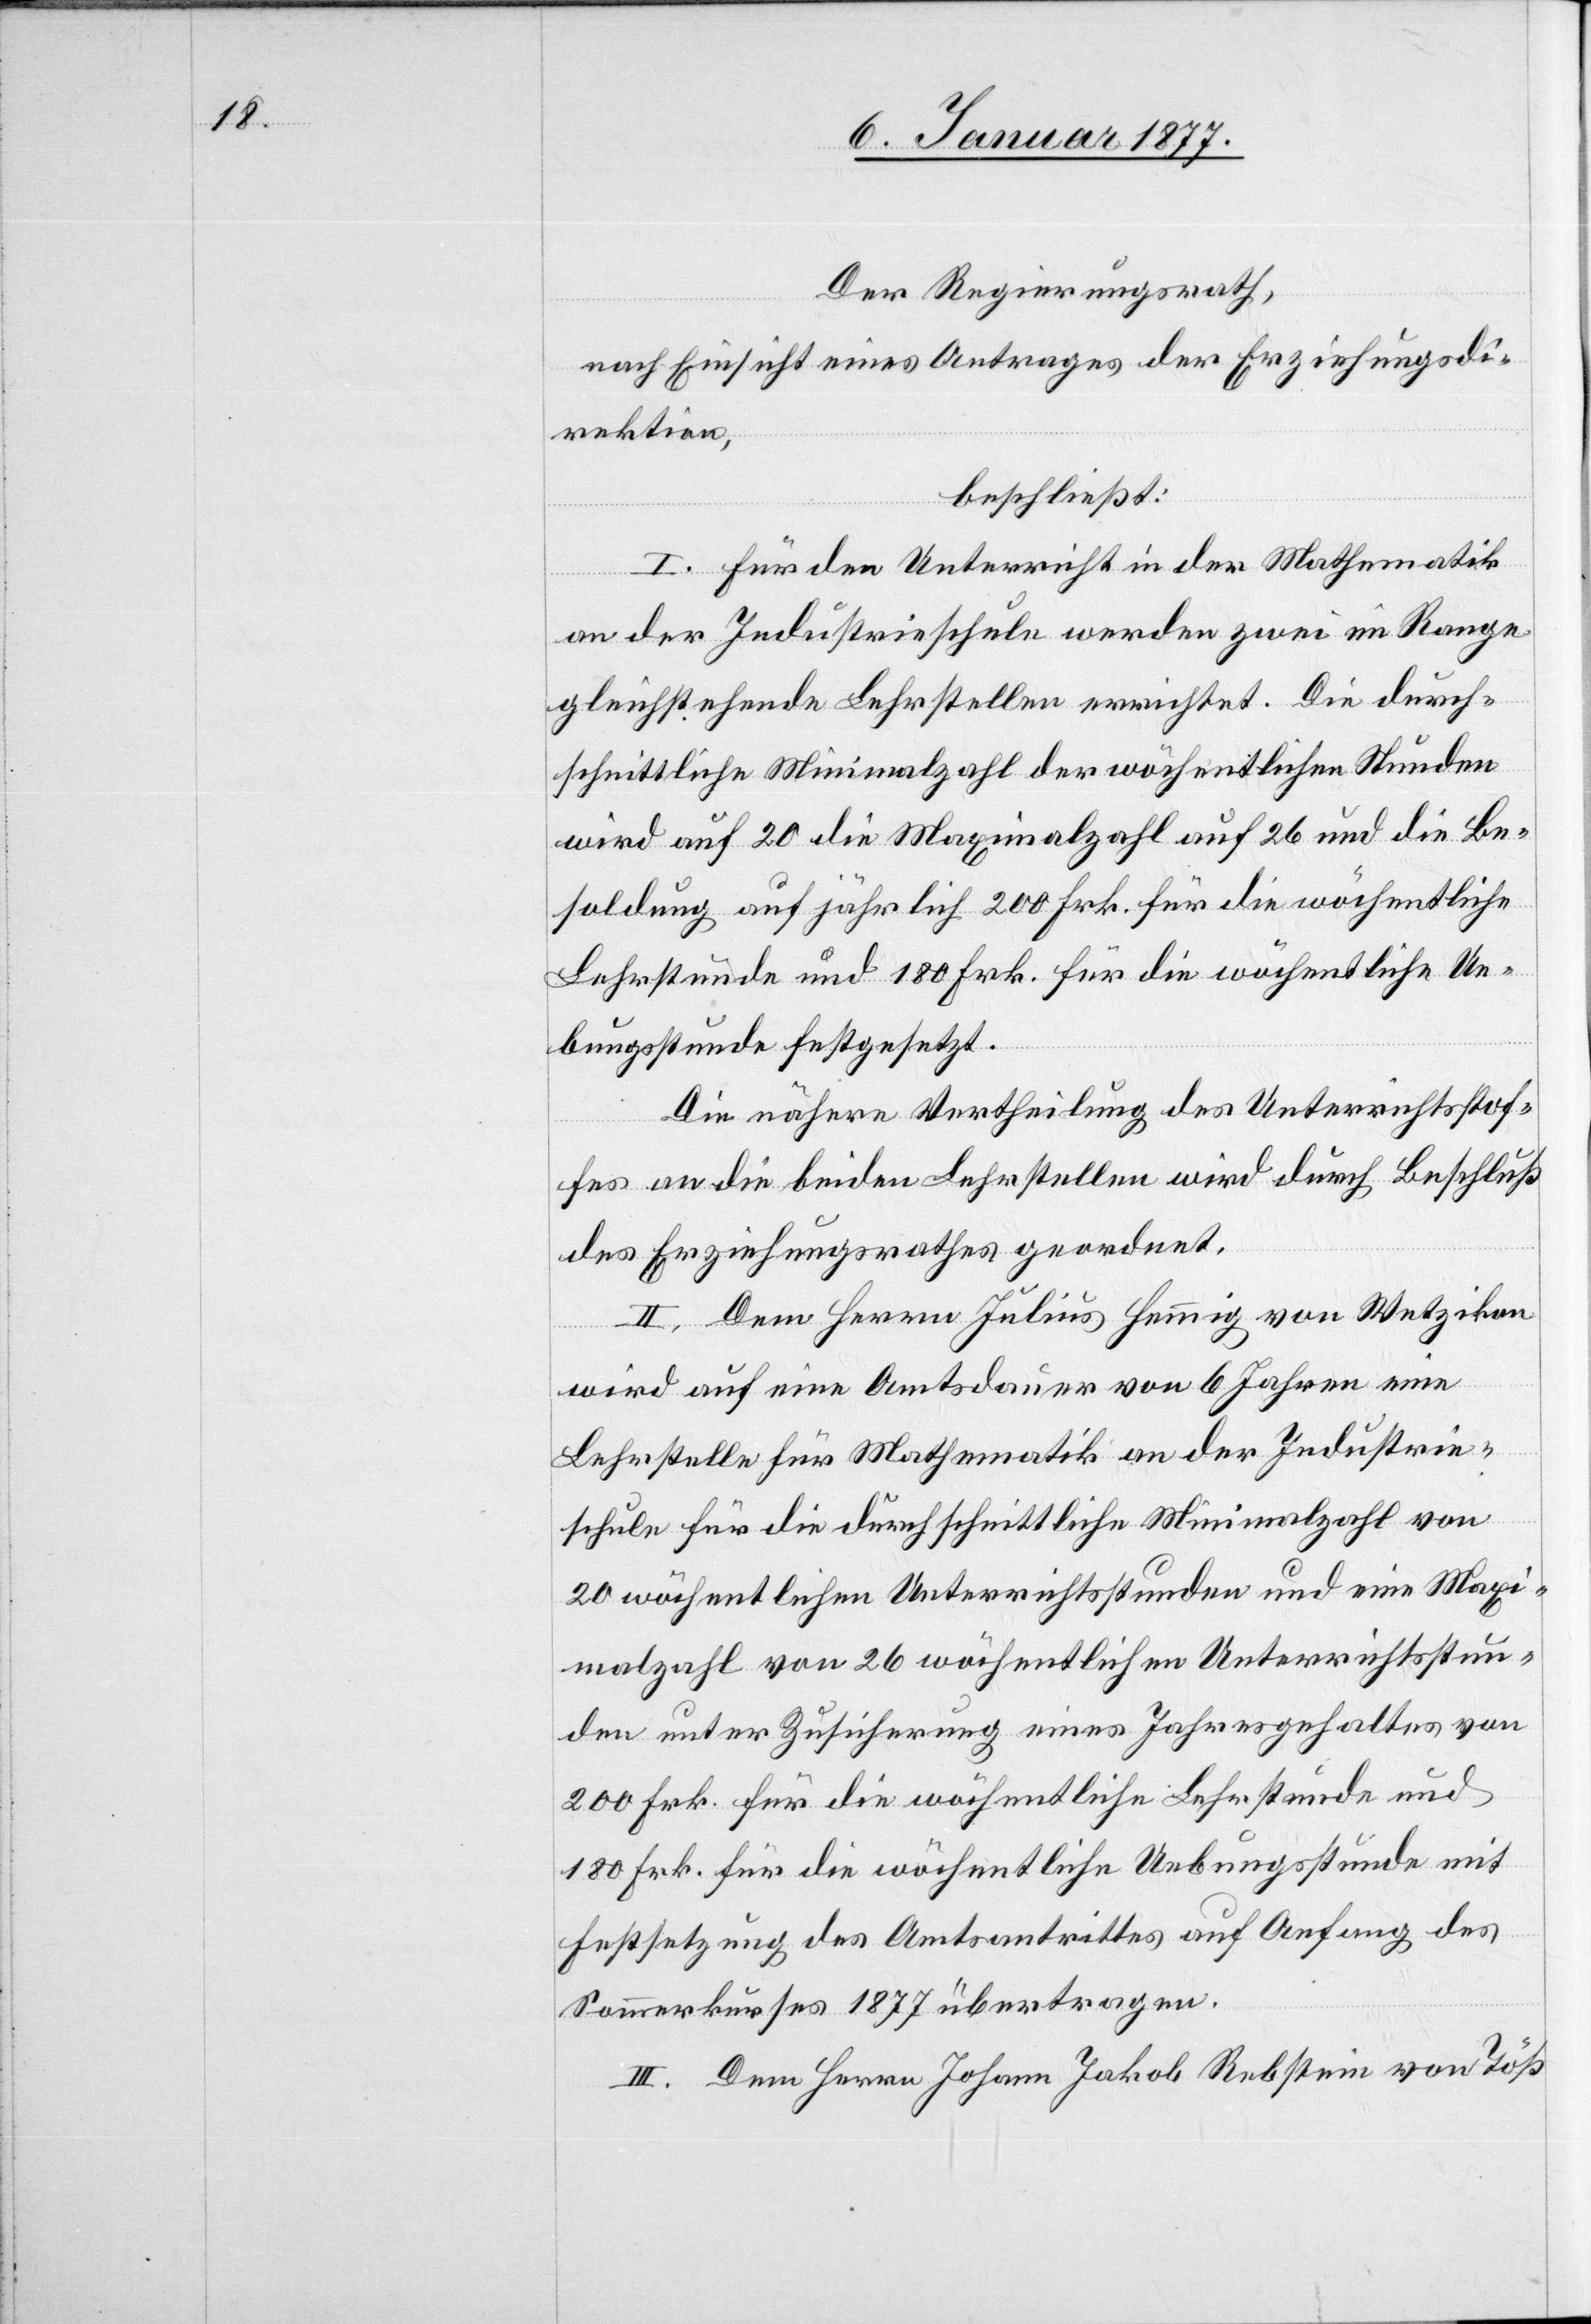
Der Regierungsrath,
nach Einsicht eines Antrages der Erziehungsdi¬
rektion,
beschließt:
I. Für den Unterricht in der Mathematik
an der Industrieschule werden zwei im Range
gleichstehende Lehrstellen errichtet. Die durch¬
schnittliche Minimalzahl der wöchentlichen Stunden
wird auf 20 die Maximalzahl auf 26 und die Be¬
soldung auf jährlich 200 Frk. für die wöchentliche
Lehrstunde und 180 Frk. für die wöchentliche Ue¬
bungsstunde festgesetzt.
Die nähere Vertheilung des Unterrichtsstof¬
fes an die beiden Lehrstellen wird durch Beschluß
des Erziehungsrathes geordnet.
II. Dem Herrn Julius Hemmig von Wetzikon
wird auf eine Amtsdauer von 6 Jahren eine
Lehrstelle für Mathematik an der Industrie¬
schule für die durchschnittliche Minimalzahl von
20 wöchentlichen Unterrichtsstunden und eine Maxi¬
malzahl von 26 wöchentlichen Unterrichtsstun¬
den unter Zusicherung eines Jahresgehaltes von
200 Frk. für die wöchentliche Lehrstunde und
180 Frk. für die wöchentliche Uebungsstunde mit
Festsetzung des Amtsantrittes auf Anfang des
Sommerkurses 1877 übertragen.
III. Dem Herrn Johann Jakob Rebstein von Töß